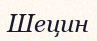
Шецин